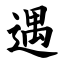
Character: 遇